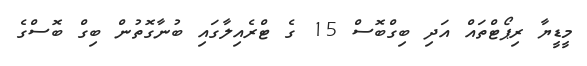
މީޑީޔާ ރިޕޯޓްތައް އަދި ބިގްބޮސް 15 ގެ ޓްރެއިލާގައި ބުނާގޮތުން ބިގް ބޮސްގެ